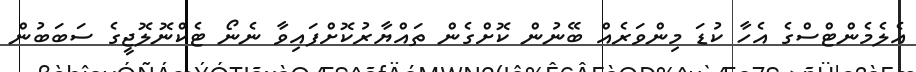
އެލެމެންޓްސްގެ އެހާ ކުޑަ މިންވަރެއް ބޭނުން ކޮށްގެން ތައްޔާރުކޮށްފައިވާ ނެނޯ ޓެކްނޮލޮޖީގެ ސަބަބުން